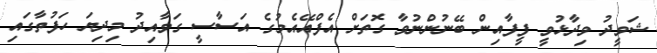
ޝަވީދު ވިދާޅުވީ ފީފާއިން ބޭނުންނުވާ ގޮތަށް އެފްއޭއެމުގެ އަސާސީ ގަވާއިދު މިދިޔަ ހަފުތާގައި